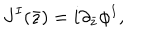
J ^ { I } ( \bar { z } ) = i \partial _ { \bar { z } } \phi ^ { I } ,